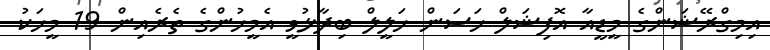
އިމިގްރޭޝަންގެ މީޑީއާ އޮފިޝަލް ހަސަން ހަލީލް ބިދާޅުވީ އެމީހުންގެ ތެރެއިން 19 މީހަކު